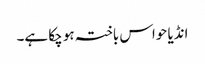
انڈیا حواس باختہ ہو چکا ہے۔